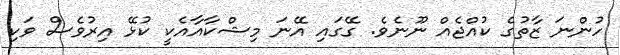
ހުންނަ ޒާތުގެ ކުއްޖެއް ނޫނެވެ. ގޭގައި އޭނަ މިޝްކާއާއެކީ ކުޅޭ އިރުވެސް ވަކި